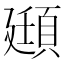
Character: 頲